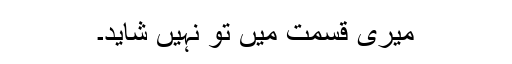
میری قسمت میں تو نہیں شاید۔